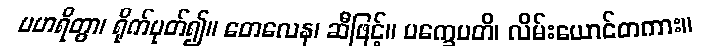
ပဟရိတွာ၊ ရိုက်ပုတ်၍။ တေလေန၊ ဆီဖြင့်။ ပက္ခေပတိ၊ လိမ်းယောင်တကား။